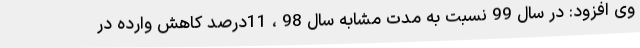
وی افزود: در سال 99 نسبت به مدت مشابه سال 98 ، 11درصد کاهش وارده در